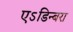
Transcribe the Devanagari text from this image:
एऽडिन्बरा